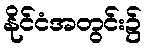
နိုင်ငံအတွင်း၌